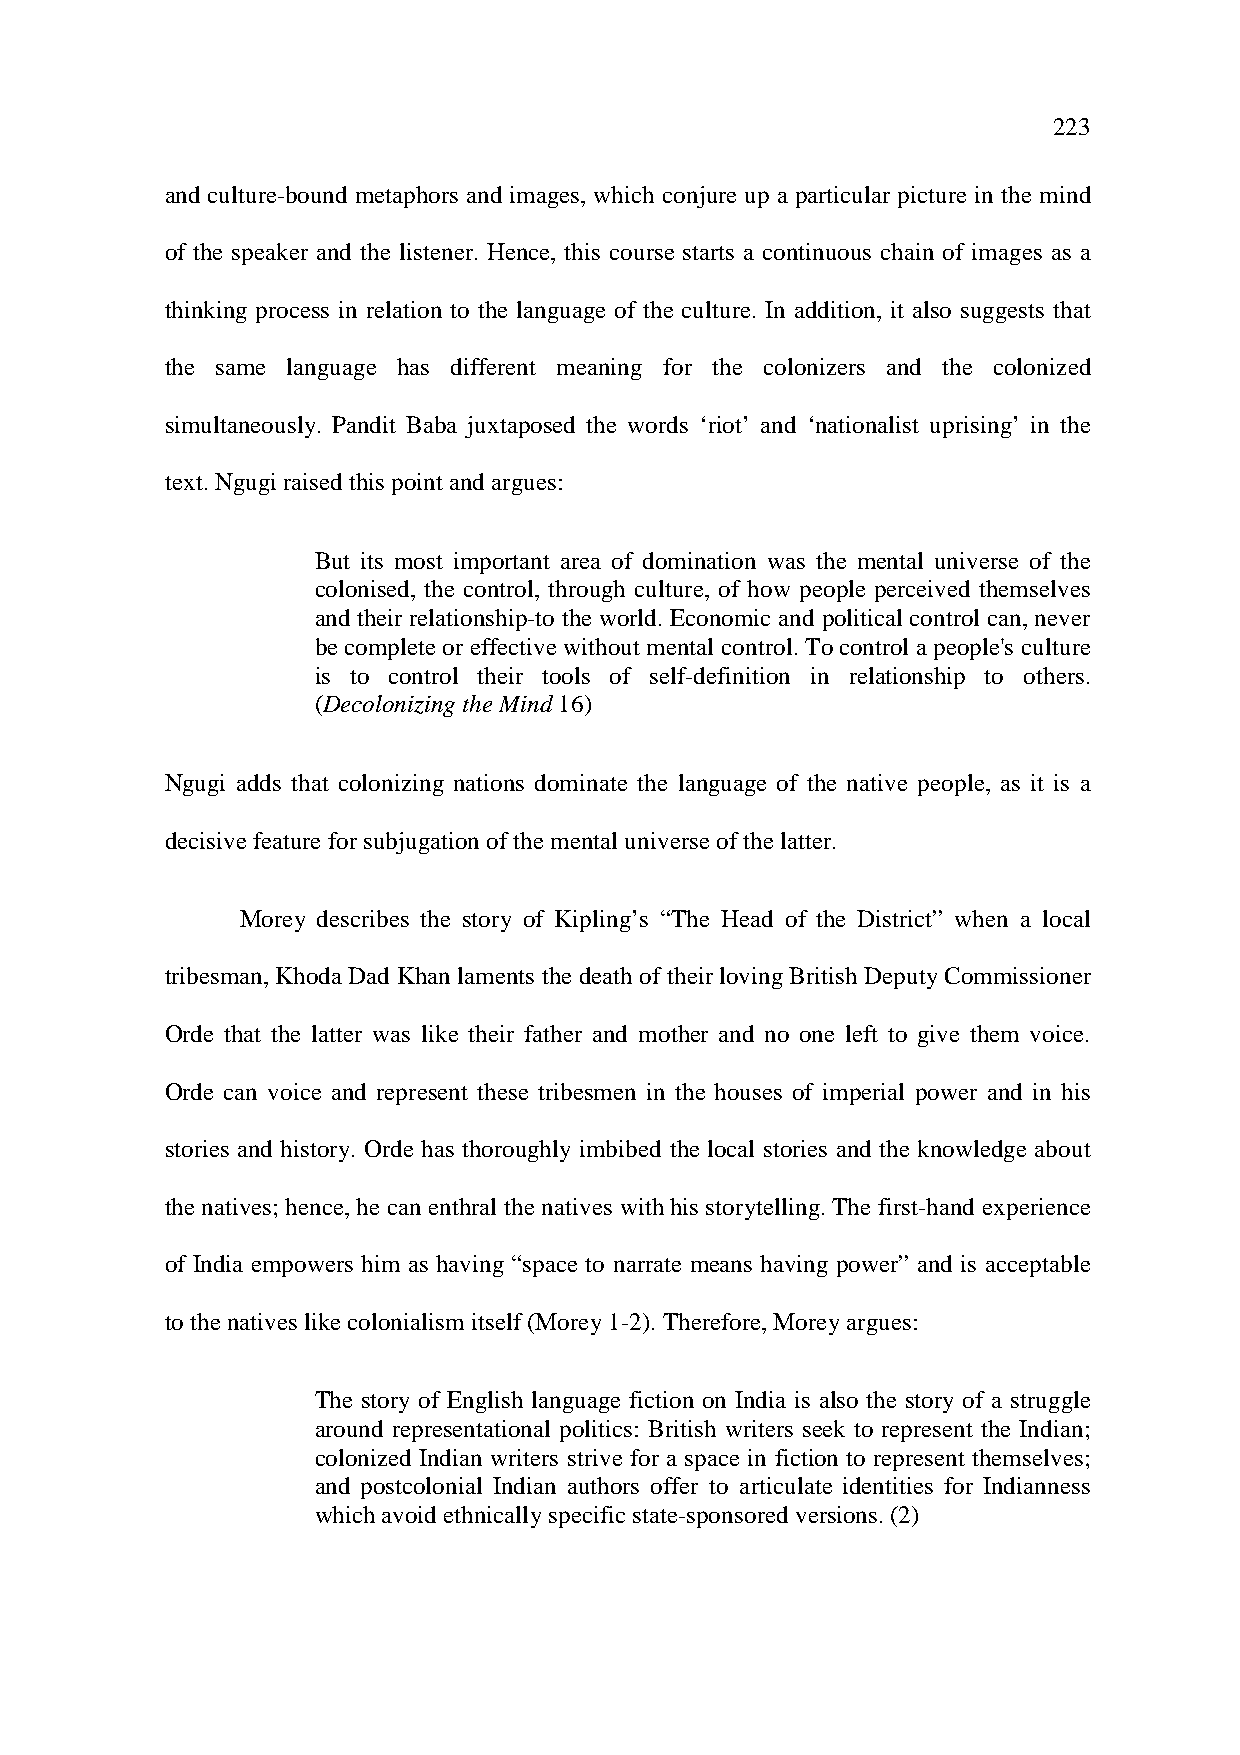
223
 and culture-bound metaphors and images, which conjure up a particular picture in the mind
 of the speaker and the listener. Hence, this course starts a continuous chain of images as a
 thinking process in relation to the language of the culture. In addition, it also suggests that
 the same language has different meaning for the colonizers and the colonized
 simultaneously. Pandit Baba juxtaposed the words ‘riot’ and ‘nationalist uprising’ in the
 text. Ngugi raised this point and argues:
 But its most important area of domination was the mental universe of the
 colonised, the control, through culture, of how people perceived themselves
 and their relationship-to the world. Economic and political control can, never
 be complete or effective without mental control. To control a people's culture
 is to control their tools of self-definition in relationship to others.
 (Decolonizing the Mind 16)
 Ngugi adds that colonizing nations dominate the language of the native people, as it is a
 decisive feature for subjugation of the mental universe of the latter.
 Morey describes the story of Kipling’s “The Head of the District” when a local
 tribesman, Khoda Dad Khan laments the death of their loving British Deputy Commissioner
 Orde that the latter was like their father and mother and no one left to give them voice.
 Orde can voice and represent these tribesmen in the houses of imperial power and in his
 stories and history. Orde has thoroughly imbibed the local stories and the knowledge about
 the natives; hence, he can enthral the natives with his storytelling. The first-hand experience
 of India empowers him as having “space to narrate means having power” and is acceptable
 to the natives like colonialism itself (Morey 1-2). Therefore, Morey argues:
 The story of English language fiction on India is also the story of a struggle
 around representational politics: British writers seek to represent the Indian;
 colonized Indian writers strive for a space in fiction to represent themselves;
 and postcolonial Indian authors offer to articulate identities for Indianness
 which avoid ethnically specific state-sponsored versions. (2)